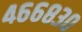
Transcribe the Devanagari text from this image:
४६६८३०